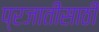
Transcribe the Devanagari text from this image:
प्रजातींसाठी